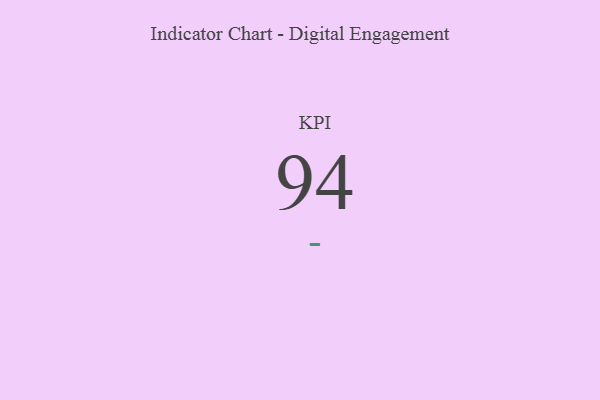
{"axis": {"x": "KPI", "y": "Value"}, "legend": [""], "data": [{"x": "KPI", "y": 94, "type": ""}]}